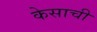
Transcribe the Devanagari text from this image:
केसाची